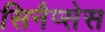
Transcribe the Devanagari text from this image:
सिनैप्सेस